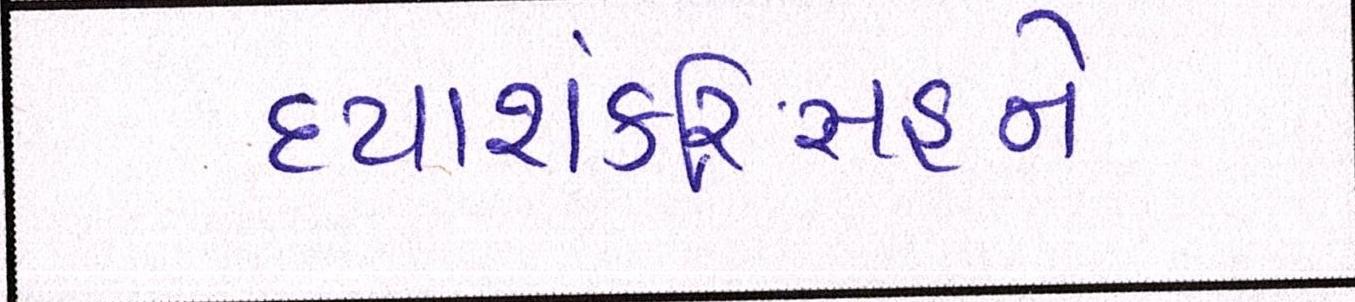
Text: દયાશંકરિંસહને